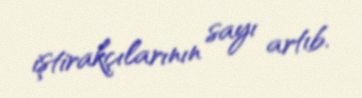
iştirakçılarının sayı artıb.